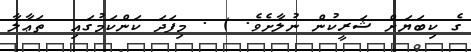
ގެ ކިބަޔަށް ޝަރީކުން ނުލާށެވެ. ) . މިފަދަ ކަންކަމުގައި  ތަޢާލާ